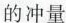
的冲量